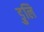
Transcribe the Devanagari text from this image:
डुलि